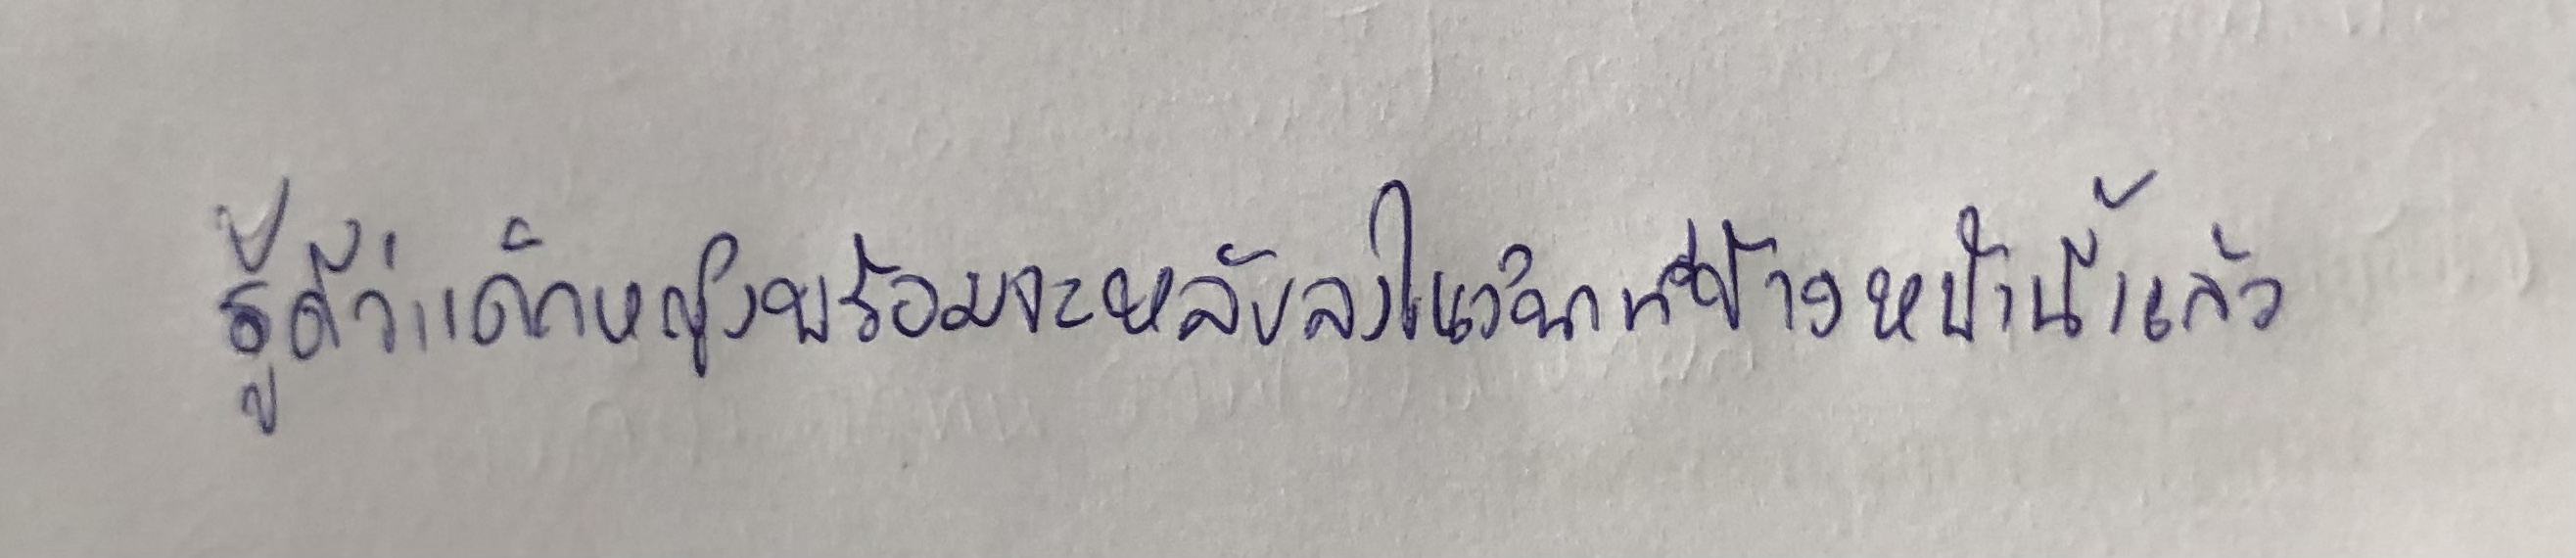
รู้ดีว่าเด็กหญิงพร้อมจะหลับลงในวินาทีข้างหน้านี้แล้ว